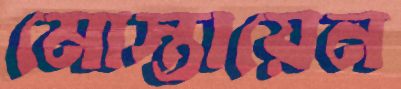
মোস্তায়েন